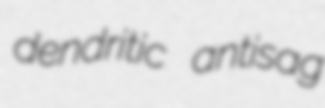
dendritic antisag